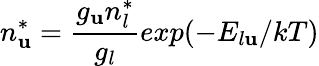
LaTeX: n_{\mathbf{u}}^{*}={\frac{{g_{\mathbf{u}}n_{l}^{*}}}{{g_{l}}}}exp{(-E_{l\mathbf{u}}/kT)}